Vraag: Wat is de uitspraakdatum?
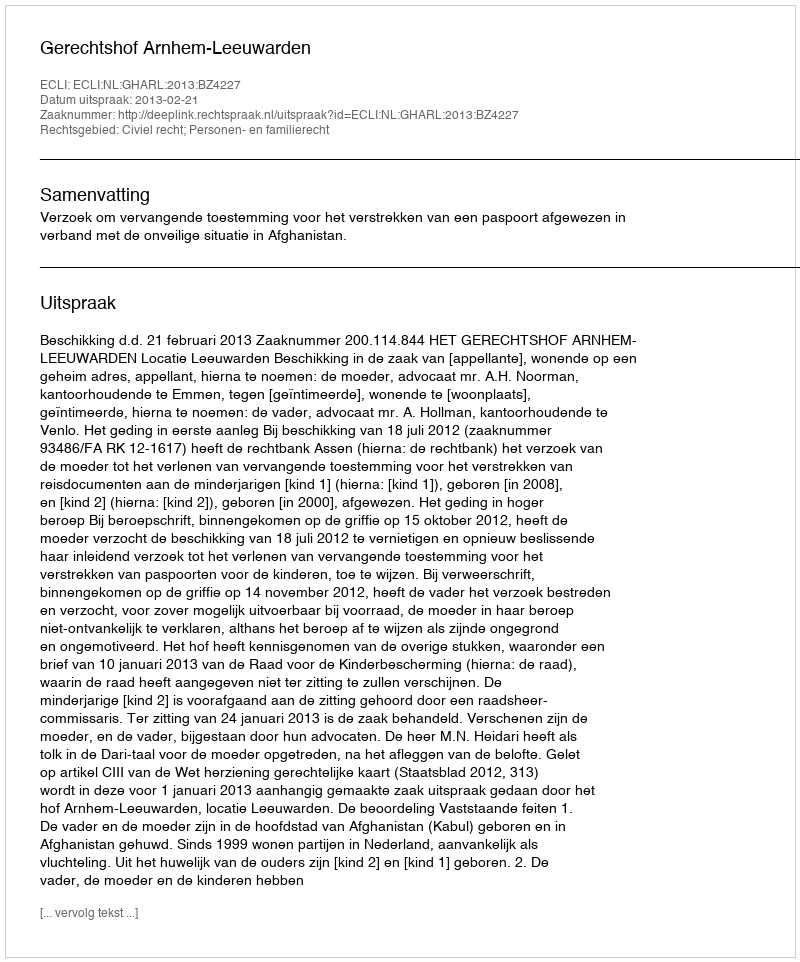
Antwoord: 2013-02-21